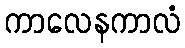
ကာလေနကာလံ